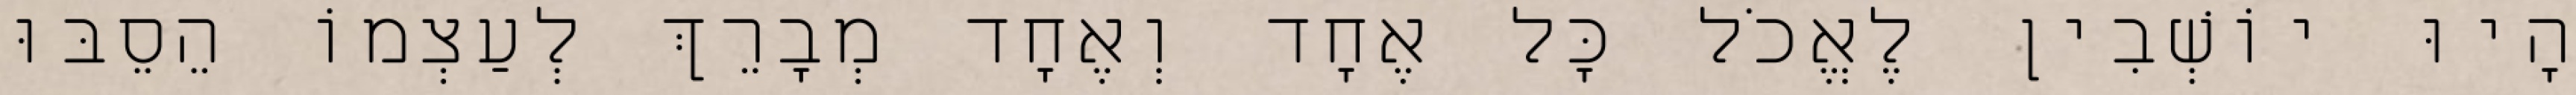
הָיוּ יוֹשְׁבִין לֶאֱכֹל כָּל אֶחָד וְאֶחָד מְבָרֵךְ לְעַצְמוֹ הֵסֵבּוּ